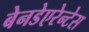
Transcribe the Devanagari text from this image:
बेनडेएरेन्टेस